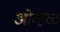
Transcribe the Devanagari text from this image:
ओव्हळ